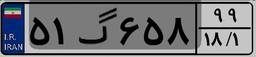
۵۱گ۶۵۸۹۹